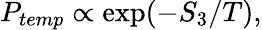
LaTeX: P_{temp}\propto\exp(-S_{3}/T),